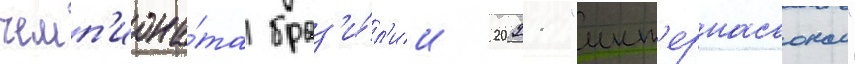
чемп'иона́та браз'и́л'ии 2021 "инт'ернасьонал"